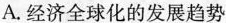
A.经济全球化的发展趋势